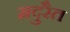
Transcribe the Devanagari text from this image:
मदुरैत